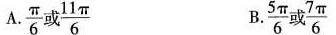
A.\frac{π}{6}或\frac{11π}{6} B.\frac{5π}{6}或\frac{7π}{6}